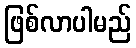
ဖြစ်လာပါမည်